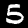
Digit: 5